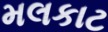
મલકાટ